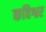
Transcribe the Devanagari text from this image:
कविश्वर